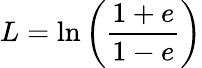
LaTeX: L=\ln\left(\frac{1+e}{1-e}\right)